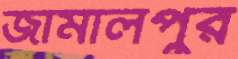
জামালপুর